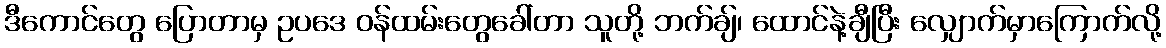
ဒီကောင်တွေ ပြောတာမှ ဥပဒေ ဝန်ထမ်းတွေခေါ်တာ သူတို့ ဘက်ချ်၊ ထောင်နဲ့ချီပြီး လျှောက်မှာကြောက်လို့